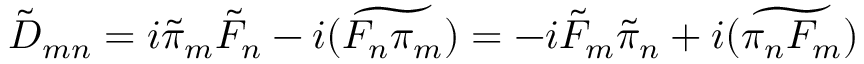
\tilde { D } _ { m n } = i \tilde { \pi } _ { m } \tilde { F } _ { n } - i \widetilde { ( F _ { n } \pi _ { m } ) } = - i \tilde { F } _ { m } \tilde { \pi } _ { n } + i \widetilde { ( \pi _ { n } F _ { m } ) }